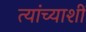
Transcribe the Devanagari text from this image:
त्यांच्याशीं